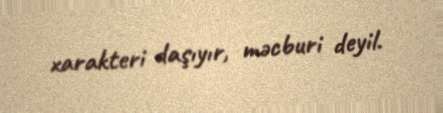
xarakteri daşıyır, məcburi deyil.